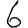
Digit: 6